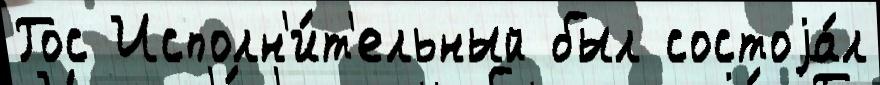
Гос Исполн'и́т'ельный был состоjа́л